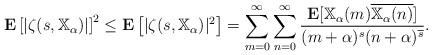
LaTeX: \begin{gather*}\mathbf{E} \left[|\zeta(s,\mathbb{X}_\alpha)|\right]^2\leq \mathbf{E} \left[|\zeta(s,\mathbb{X}_\alpha)|^2\right]= \sum_{m=0}^{\infty} \sum_{n=0}^{\infty} \frac{\mathbf{E} [\mathbb{X}_\alpha(m) \overline{\mathbb{X}_\alpha(n)}]}{(m+\alpha)^s (n+\alpha)^{\overline{s}}}. \end{gather*}